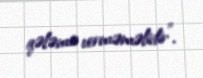
qələmə verməməlidir”.